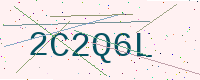
Text: 2C2Q6L